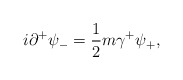
\begin{align*}i{\partial}^{+}{\psi}_{-} =\frac{1}{2} m {\gamma}^{+} {\psi}_{+},\end{align*}